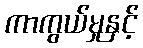
ကာကွယ်မှုနှင့်